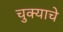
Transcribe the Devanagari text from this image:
चुक्याचे